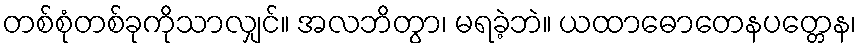
တစ်စုံတစ်ခုကိုသာလျှင်။ အလဘိတွာ၊ မရခဲ့ဘဲ။ ယထာဓောတေနပတ္တေန၊